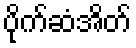
ပိုက်ဆံအိတ်